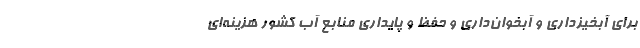
برای آبخیزداری و آبخوان‌داری و حفظ و پایداری منابع آب کشور هزینه‌ای